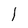
Character: l